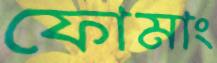
ফোমাং